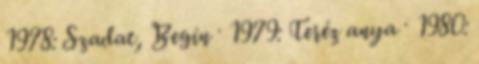
1978: Szadat, Begín · 1979: Teréz anya · 1980: